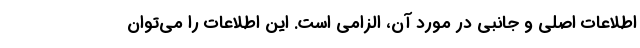
اطلاعات اصلی و جانبی در مورد آن، الزامی است. این اطلاعات را می‌توان